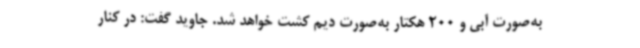
به‌صورت آبی و 200 هکتار به‌صورت دیم کشت خواهد شد. جاوید گفت: در کنار